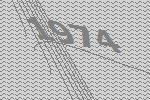
1974